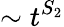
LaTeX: \sim t^{S_{2}}